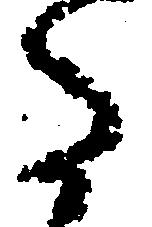
た